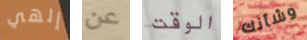
إلهي عن الوقت وشأنك